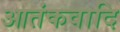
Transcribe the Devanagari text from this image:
आतंकवादि